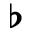
\flat